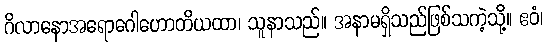
ဂိလာနောအရောဂေါဟောတိယထာ၊ သူနာသည်။ အနာမရှိသည်ဖြစ်သကဲ့သို့။ ဧဝံ၊